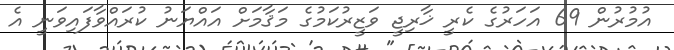
އުމުރުން 69 އަހަރުގެ ކެރީ ޚާރިޖީ ވަޒީރުކަމުގެ މަޤާމަށް އައްޔަނު ކުރައްވާފައިވަނީ އެ